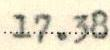
17.38